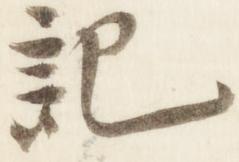
記